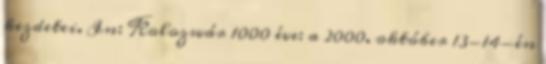
kezdetei. In: Kolozsvár 1000 éve: a 2000. október 13-14-én